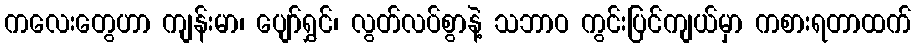
ကလေးတွေဟာ ကျန်းမာ၊ ပျော်ရွှင်၊ လွတ်လပ်စွာနဲ့ သဘာဝ ကွင်းပြင်ကျယ်မှာ ကစားရတာထက်